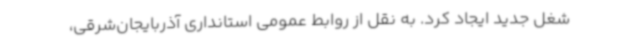
شغل جدید ایجاد کرد. به نقل از روابط عمومی استانداری آذربایجان‌شرقی،